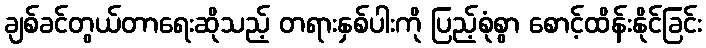
ချစ်ခင်တွယ်တာရေးဆိုသည့် တရားနှစ်ပါးကို ပြည့်စုံစွာ စောင့်ထိန်းနိုင်ခြင်း